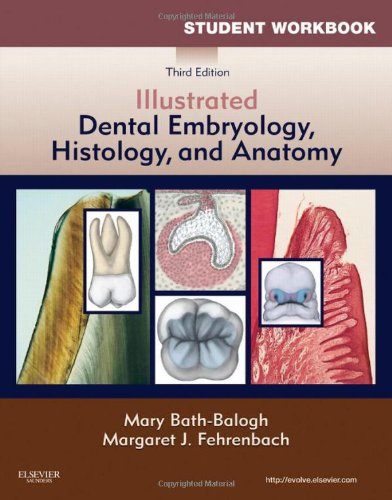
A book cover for Student Workbook for Illustrated Dental Embryology, Histology and Anatomy, 3e; Mary Bath-Balogh BA  BS  MS; Medical Books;